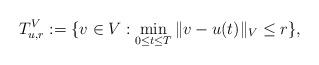
LaTeX: \begin{align*}T_{u,r}^V:=\{v\in V: \min_{0\le t\le T}\|v-u(t)\|_V\le r\} ,\end{align*}